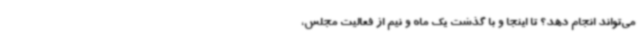
می‌تواند انجام دهد؟ تا اینجا و با گذشت یک ماه و نیم از فعالیت مجلس،